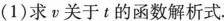
(1)求ν关于t的函数解析式.